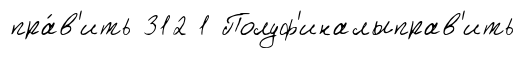
пра́в'ить 312 1 Полуф'иналыправ'ить